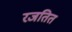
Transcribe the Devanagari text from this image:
रजतित